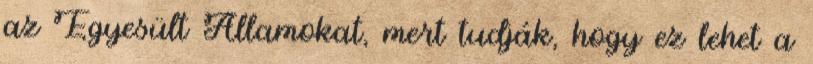
az Egyesült Államokat, mert tudják, hogy ez lehet a